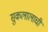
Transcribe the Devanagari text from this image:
सुकलालाची